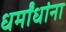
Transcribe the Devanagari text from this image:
धर्मांधांना